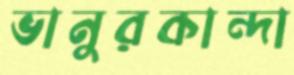
ভানুরকান্দা